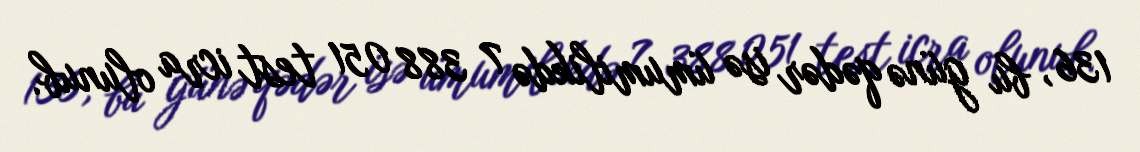
136, bu günə qədər isə ümumilikdə 7 388 051 test icra olunub.